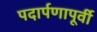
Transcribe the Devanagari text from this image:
पदार्पणापूर्वी